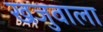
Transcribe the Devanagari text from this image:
खजुवाला